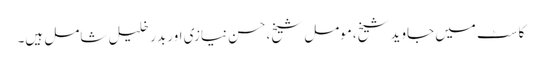
کاسٹ میں جاوید شیخ،مومل شیخ،حسن نیازی اور بدر خلیل شامل ہیں۔